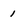
Character: 1